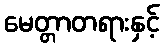
မေတ္တာတရားနှင့်